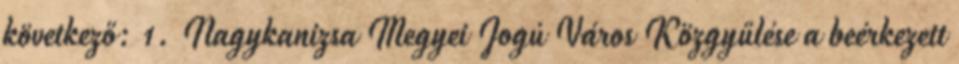
következő: 1. Nagykanizsa Megyei Jogú Város Közgyűlése a beérkezett